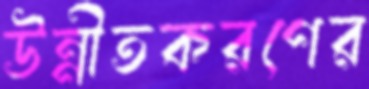
উন্নীতকরণের